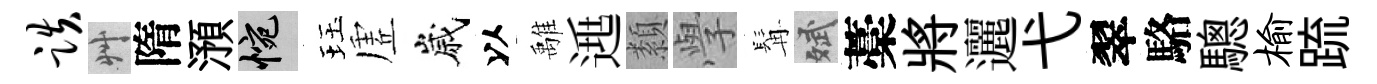
跌艸隋澦惋珏虗嵗以𩀌𨓱纇𭓕髯斌藁將邐弋翠駱驄榆䟽